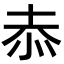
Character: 𭜙